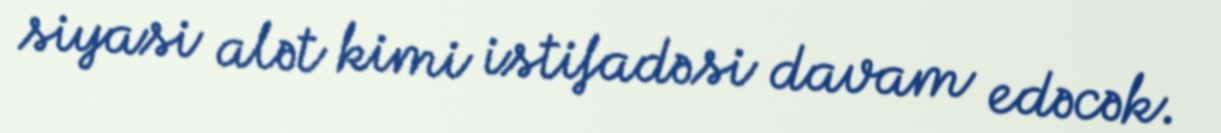
siyasi alət kimi istifadəsi davam edəcək.